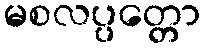
မစလပ္ပတ္တော